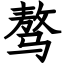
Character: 骜